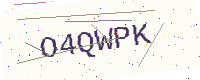
Text: O4QWPK